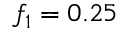
f _ { 1 } = 0 . 2 5